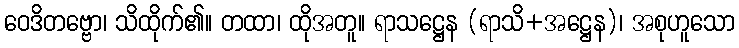
ဝေဒိတဗ္ဗော၊ သိထိုက်၏။ တထာ၊ ထိုအတူ။ ရာသဋ္ဌေန (ရာသိ+အဋ္ဌေန)၊ အစုဟူသော